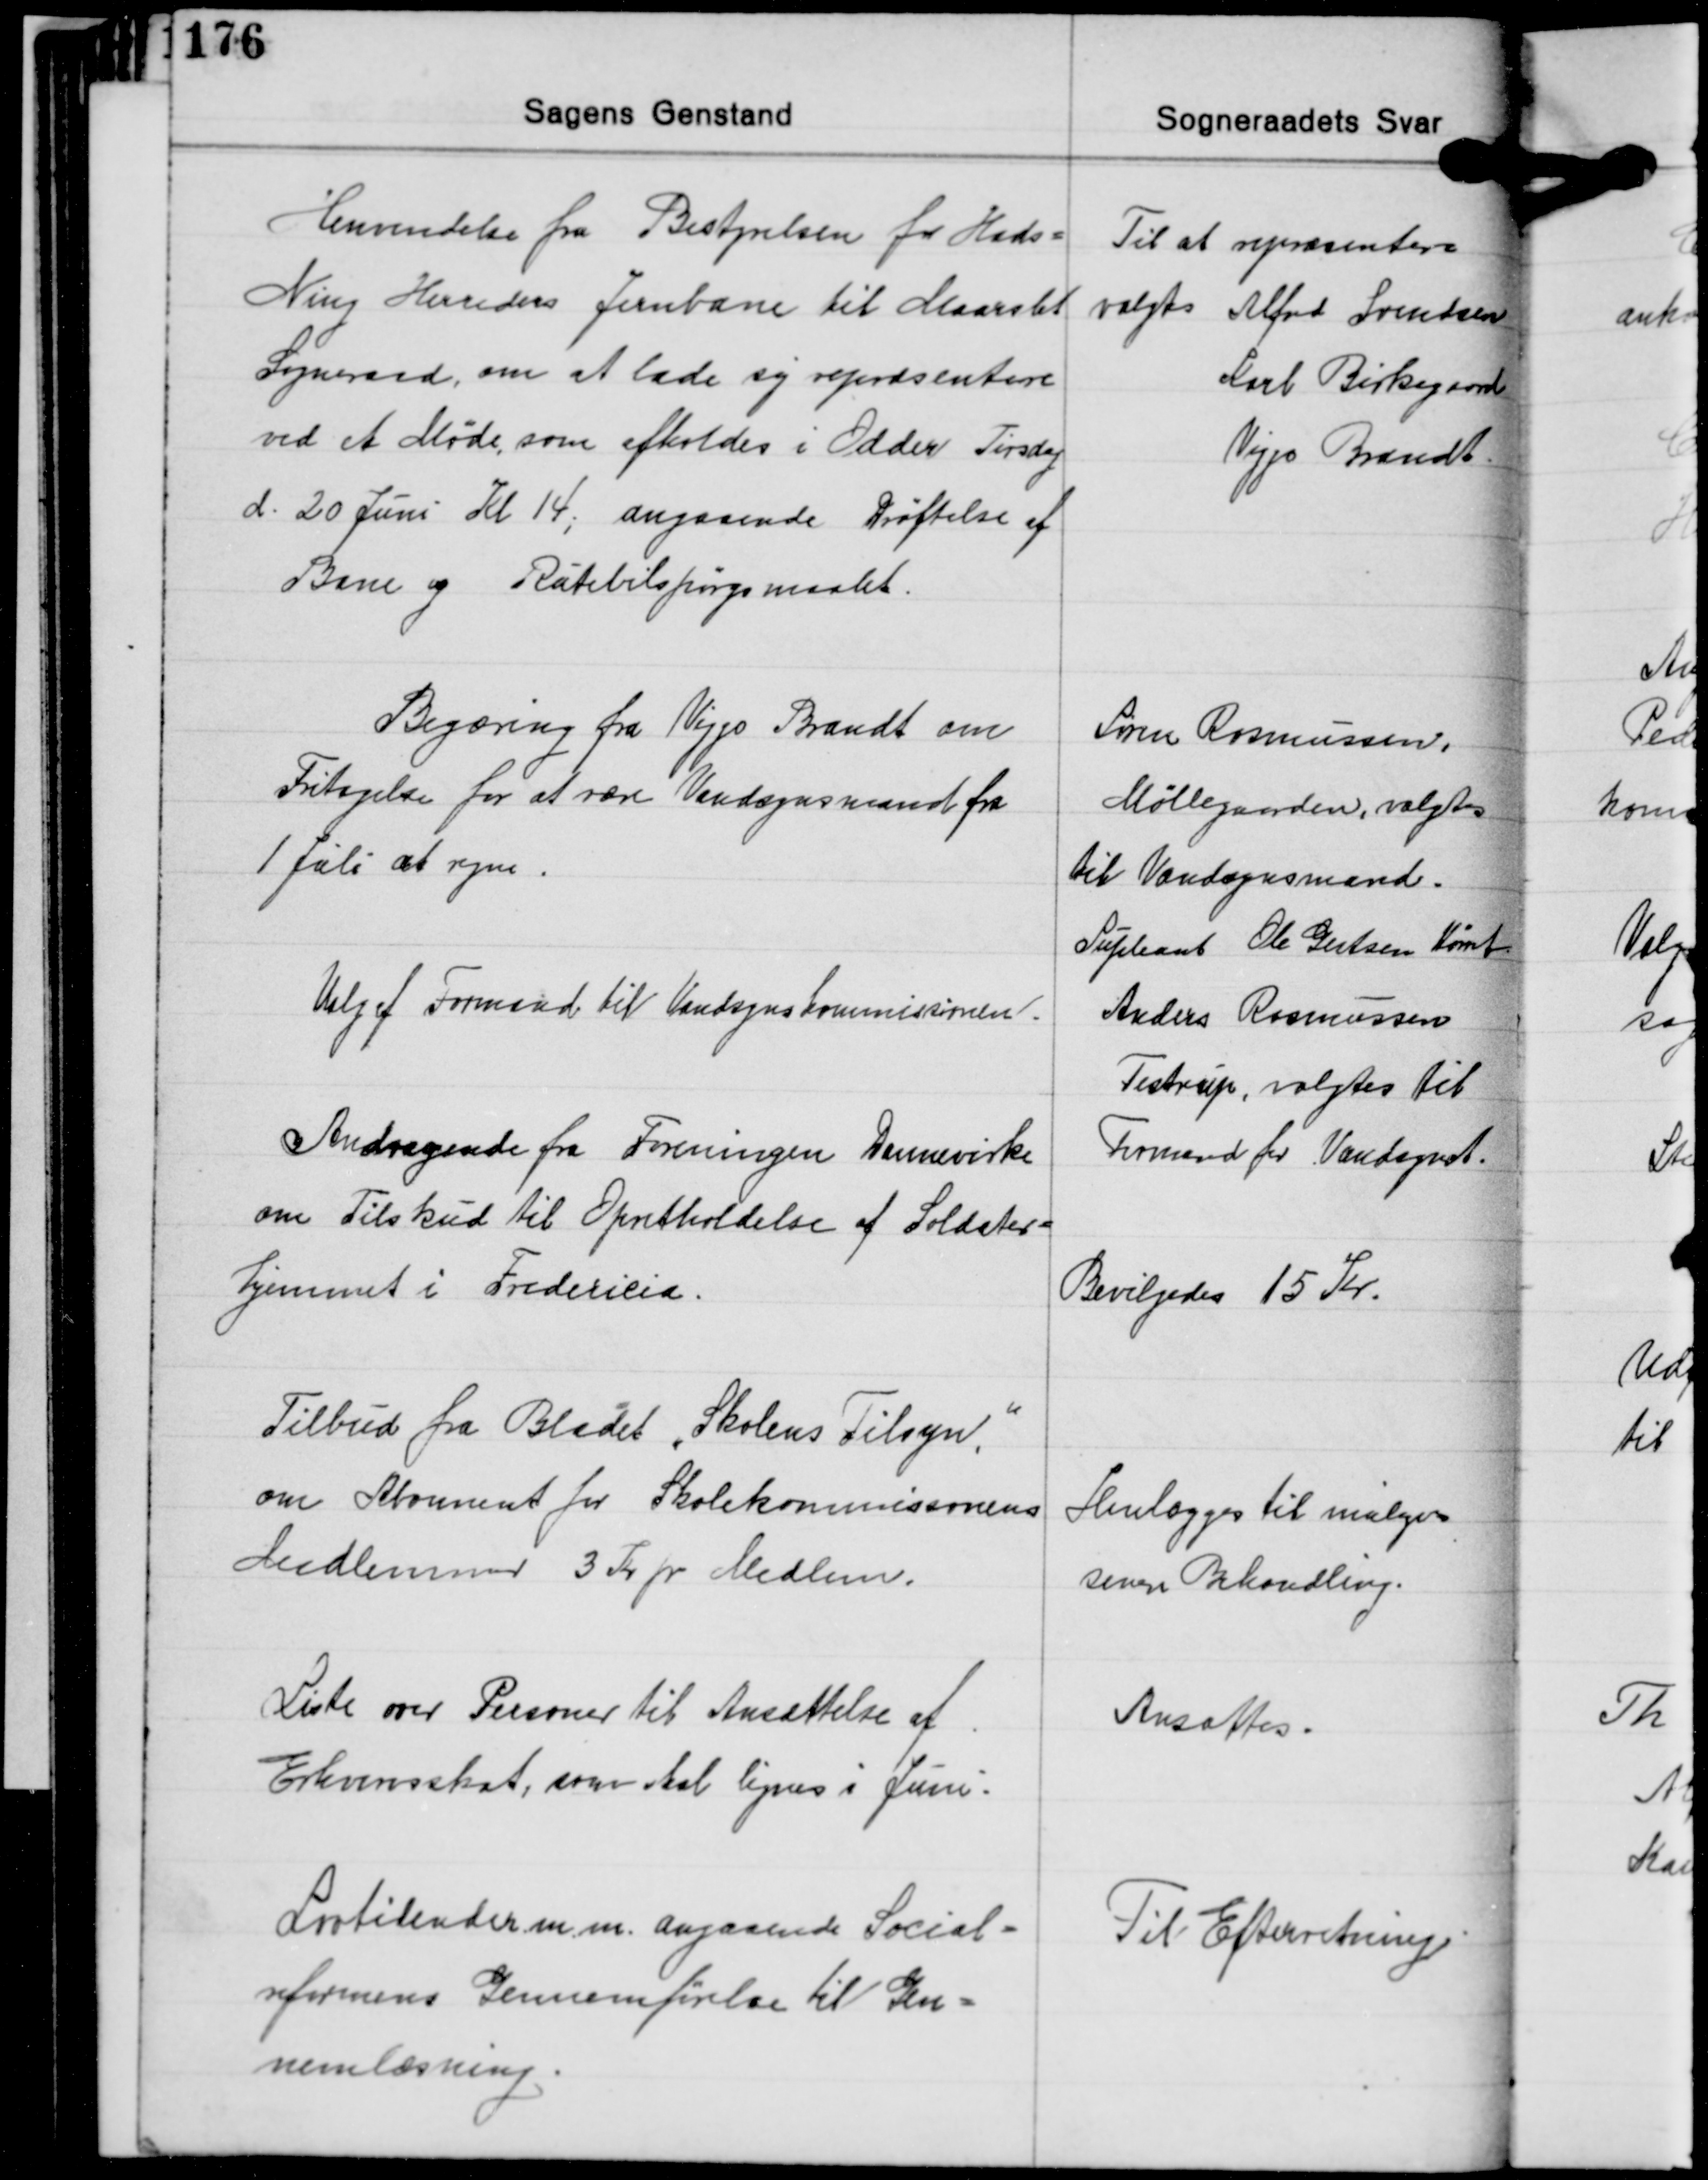
Transskription:
Henvendelse fra Bestyrelsen for Hads-
Ning Herreders Jernbane til Maarslet
Sogneraad, om at lade sig repræsentere
ved et Møde, som afholdes i Odder Tirsdag
d. 20 Juni Kl. 14, angaaende Drøftelse af
Bane og Rutebilspørgsmaalet.

Til at repræsentere
valgtes Alfred Svendsen
Karl Birkegaard
Viggo Brandt

Begæring fra Viggo Brandt om
Fritagelse for at være Vandsynsmand fra
1 Juli at regne.

Søren Rasmussen
Møllegaarden, valgtes
til Vandsynsmand.
Supleant Ole Getsen Hørret

Valg af Formand til Vandsynskommissionen.

Anders Rasmussen
Testrup, valgtes til
Formand for Vandsynet.

Andragende fra Foreningen Dannevirke
om Tilskud til Opretholdelse af Soldater-
hjemmet i Fredericia.

Bevilgedes 15 Kr.

Tilbud fra Bladet "Skolens Tilsyn",
om Abonnement for Skolekommisionens
Medlemmer 3 Kr. pr. Medlem.

Henlægges til muligvis
senere Behandling.

Liste over Personer til Ansættelse af
Erhvervsskat, som skal lignes i Juni.

Ansattes.

Lovtidender m.m. angaaende Social-
reformens Gennemførelse til Gen-
nemlæsning.

Til Efterretning